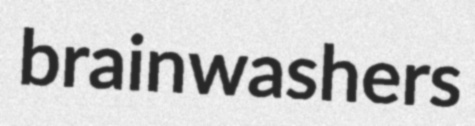
brainwashers